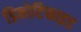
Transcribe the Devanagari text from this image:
डिनोटिफाइड